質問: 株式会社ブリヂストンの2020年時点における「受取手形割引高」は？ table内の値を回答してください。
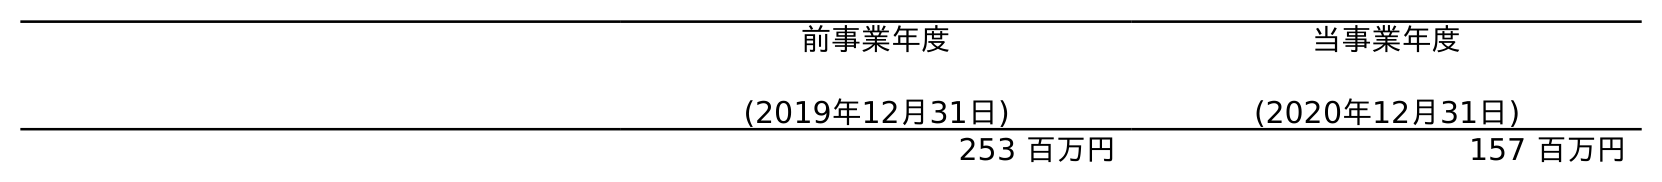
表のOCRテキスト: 前事業年度 (2019年12月31日) 当事業年度 (2020年12月31日) 253 百万円 157 百万円
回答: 157百万円